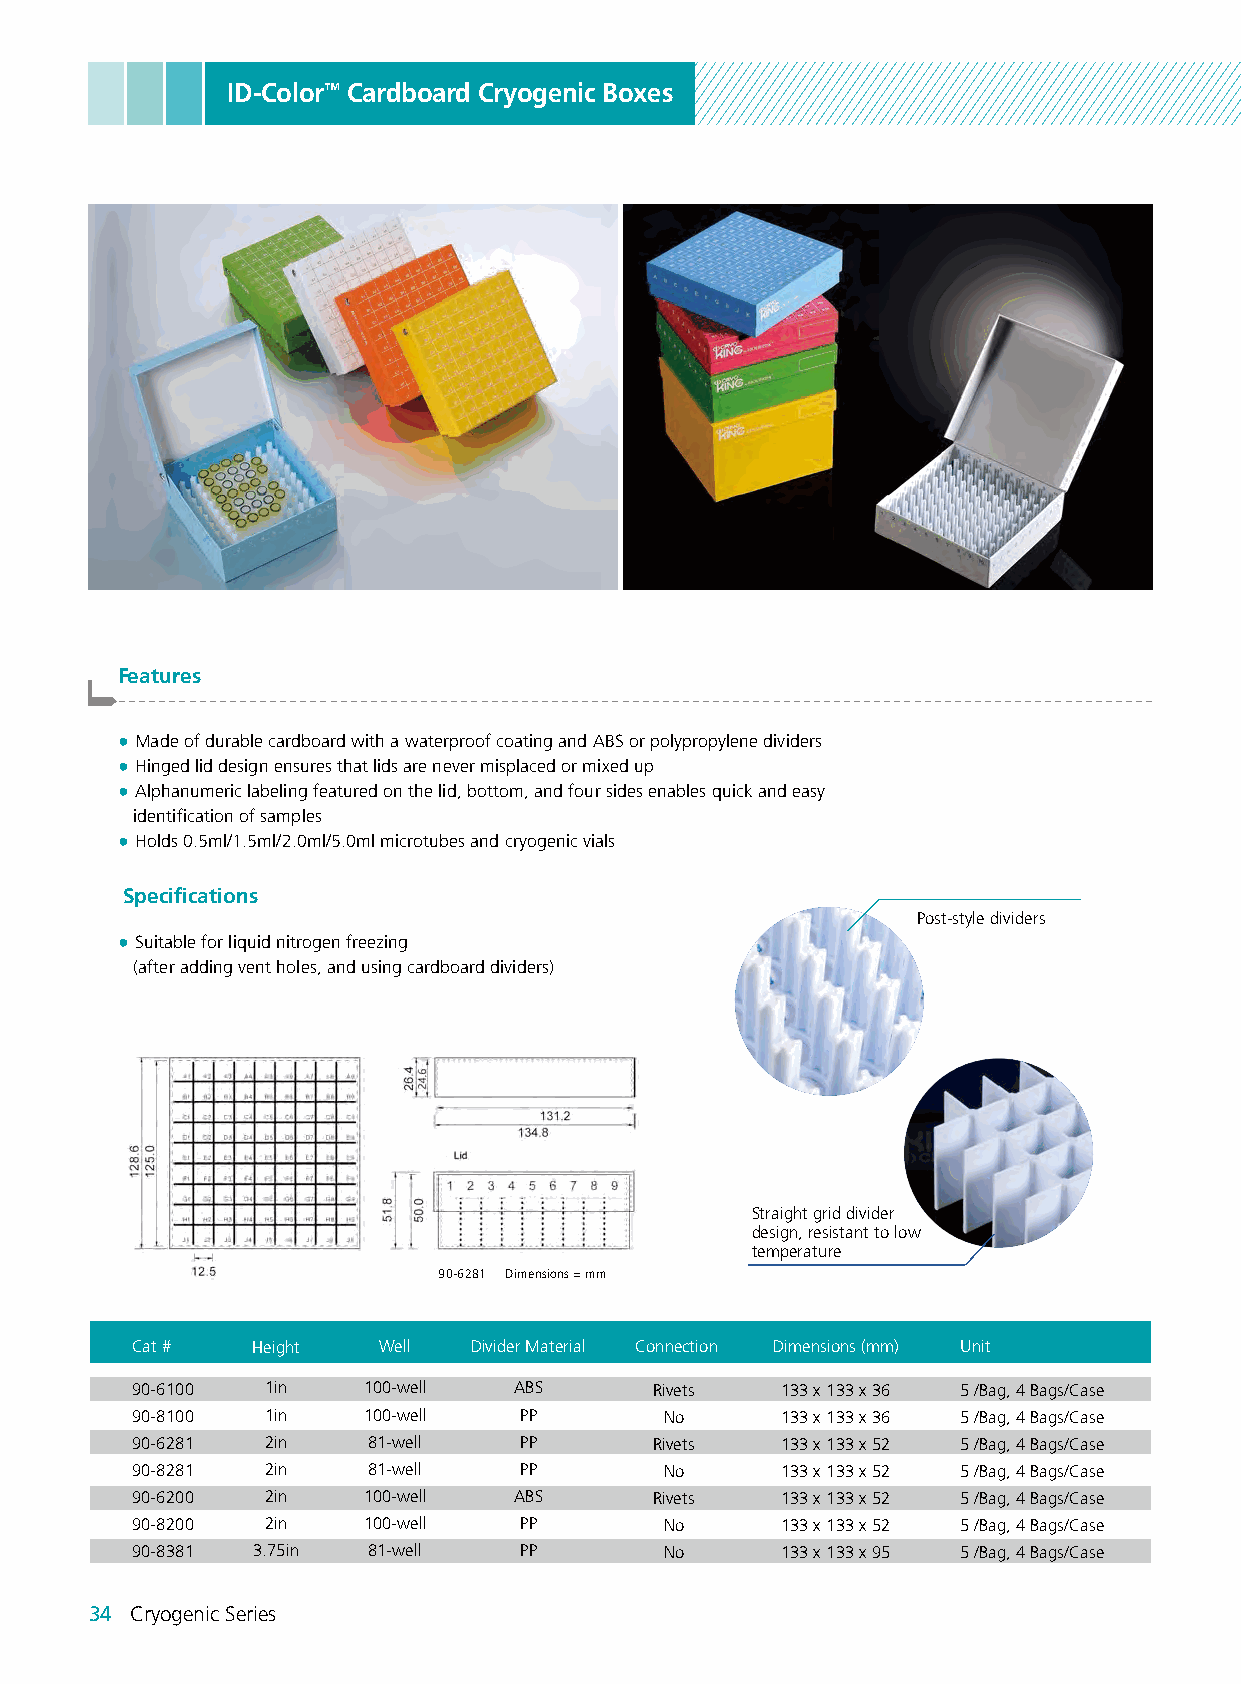
ID-Color™ Cardboard Cryogenic Boxes
 Features
 -------------------------------------------------------------------------------------------------------
 ● Made of durable cardboard with a waterproof coating and ABS or polypropylene dividers
 ● Hinged lid design ensures that lids are never misplaced or mixed up
 ● Alphanumeric labeling featured on the lid, bottom, and four sides enables quick and easy
 identification of samples
 ● Holds 0.5ml/1.5ml/2.0ml/5.0ml microtubes and cryogenic vials
 Specifications
 Post-style dividers
 ● Suitable for liquid nitrogen freezing
 (after adding vent holes, and using cardboard dividers)
 Straight grid divider
 design, resistant to low
 temperature
 90-6281 Dimensions = mm
 Cat #   Height  Well  Divider Material Connection Dimensions (mm) Unit
 90-6100  1in   100-well  ABS      Rivets   133 x 133 x 36 5 /Bag, 4 Bags/Case
 90-8100  1in   100-well  PP        No      133 x 133 x 36 5 /Bag, 4 Bags/Case
 90-6281  2in   81-well   PP       Rivets   133 x 133 x 52 5 /Bag, 4 Bags/Case
 90-8281  2in   81-well   PP        No      133 x 133 x 52 5 /Bag, 4 Bags/Case
 90-6200  2in   100-well  ABS      Rivets   133 x 133 x 52 5 /Bag, 4 Bags/Case
 90-8200  2in   100-well  PP        No      133 x 133 x 52 5 /Bag, 4 Bags/Case
 90-8381 3.75in 81-well   PP        No      133 x 133 x 95 5 /Bag, 4 Bags/Case
 34 Cryogenic Series